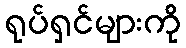
ရုပ်ရှင်များကို